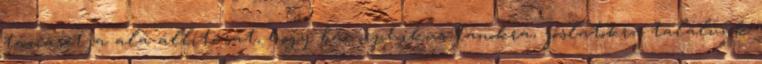
támasztja alá állítását, hogy bár orphikus tanokra, jóslatokra találunk